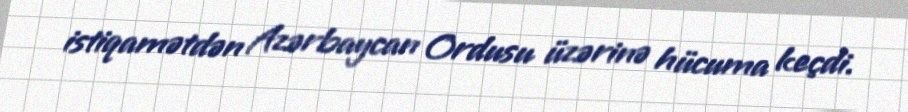
istiqamətdən Azərbaycan Ordusu üzərinə hücuma keçdi.